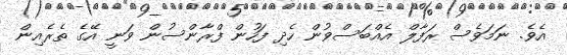
އެވެ. ނަމަވެސް ރަފާލް އެއްބަސްވުން ހެދި ފަހުން ފްރާންސުން ވަނީ އޭގެ ތެރެއިން